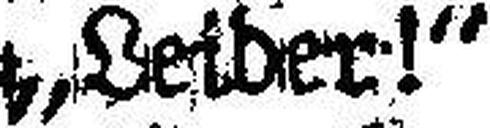
„Leider!“